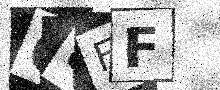
Text: O8FF